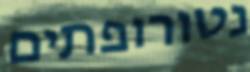
נטורופתים